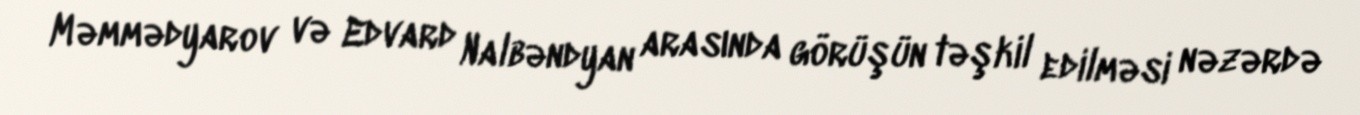
Məmmədyarov və Edvard Nalbəndyan arasında görüşün təşkil edilməsi nəzərdə